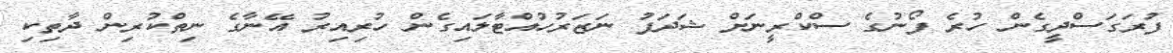
ފުރަގަސްދީގެން ހުރެ ފޯނުގެ ސްކްރީނަށް ޝަދަފު ނަޒަރުހުއްޓާލައިގެން ހުރިއިރު އޭނާގެ ނިތްކުރިން ދާތިކި